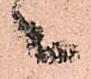
々